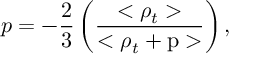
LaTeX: p = - \frac { 2 } { 3 } \left( \frac { < \rho _ { t } > } { < \rho _ { t } + \mathrm { p } > } \right) ,